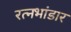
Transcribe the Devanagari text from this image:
रत्नभांडार